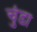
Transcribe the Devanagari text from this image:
चुंडा